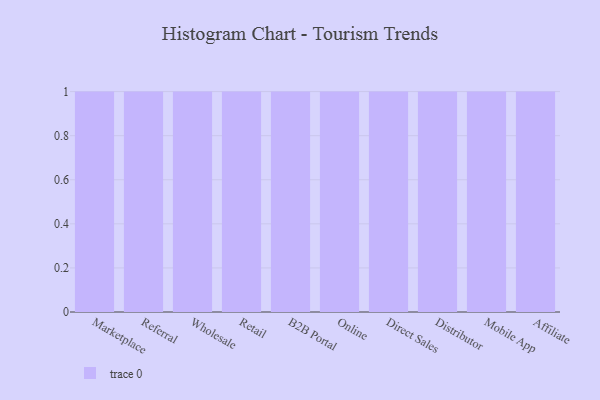
{"axis": {"x": "Channel", "y": "Waste Production (Tons)"}, "legend": [""], "data": [{"x": "Marketplace", "y": 63, "type": ""}, {"x": "Referral", "y": 80, "type": ""}, {"x": "Wholesale", "y": 38, "type": ""}, {"x": "Retail", "y": 51, "type": ""}, {"x": "B2B Portal", "y": 54, "type": ""}, {"x": "Online", "y": 56, "type": ""}, {"x": "Direct Sales", "y": 46, "type": ""}, {"x": "Distributor", "y": 60, "type": ""}, {"x": "Mobile App", "y": 51, "type": ""}, {"x": "Affiliate", "y": 1, "type": ""}]}